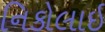
નિકોલાઈ